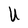
Character: U